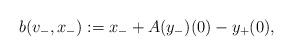
LaTeX: \begin{align*}b(v_-,x_-):=x_-+A(y_-)(0)-y_+(0),\end{align*}